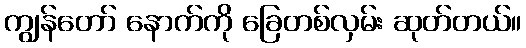
ကျွန်တော် နောက်ကို ခြေတစ်လှမ်း ဆုတ်တယ်။